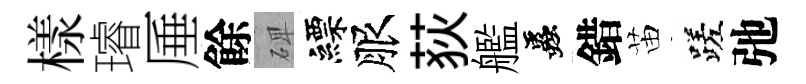
樣璿厜餘𥓓縹服荻艦蟲錯苗蹉弛